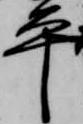
平